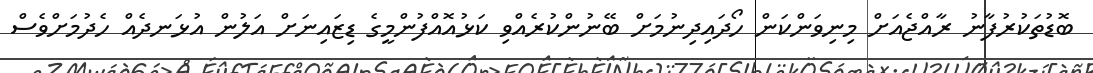
ބޮޑުތަކުރުފާނު ރާއްޖެއަށް މިނިވަންކަން ހޯދައިދިނުމަށް ބޭނުންކުރެއްވި ކަޅުއޮއްްފުންމީގެ ޑިޒައިނަށް އަލުން އުޅަނދެއް ހެދުމަށްވެސް